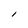
Character: I